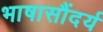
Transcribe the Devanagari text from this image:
भाषासौंदर्य